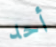
أحد